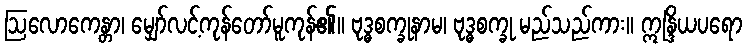
ဩလောကေန္တာ၊ မျှော်လင့်ကုန်တော်မူကုန်၏။ ဗုဒ္ဓစက္ခုနာမ၊ ဗုဒ္ဓစက္ခု မည်သည်ကား။ ဣန္ဒြိယပရော